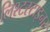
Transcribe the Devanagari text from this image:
लिश्टस्टाइनर